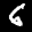
Label: 6